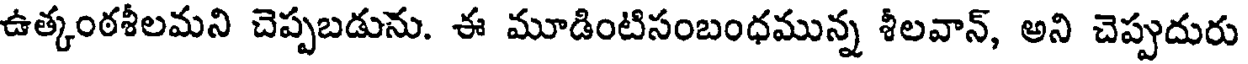
ఉత్కంఠశీలమని చెప్పబడును. ఈ మూడింటిసంబంధమున్న శీలవాన్, అని చెప్పుదురు